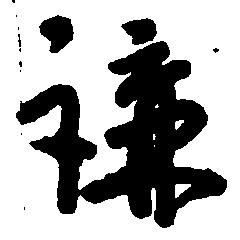
講